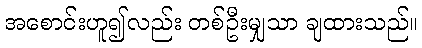
အစောင်းဟူ၍လည်း တစ်ဦးမျှသာ ချထားသည်။